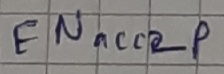
Text: ENacc2p